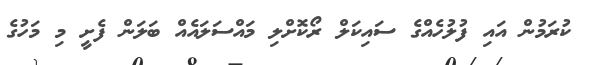
ކުރަމުން އައި ފުލުހެއްގެ ސައިކަލް ރޯކޮށްލި މައްސަލައެއް ބަލަން ފެށީ މި މަހުގެ